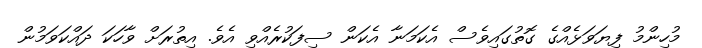
މުހިންމު ފިޔަވަޅެއްގެ ގޮތުގައިވެސް އެކަމަނާ އެކަން ސިފަކުރެއްވި އެވެ. އިތުރަށް ވާހަކަ ދައްކަވަމުން